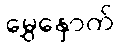
မွှေနှောက်